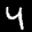
Label: 4